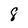
Character: 8